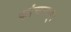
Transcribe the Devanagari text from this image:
कांचनम्।